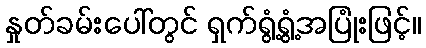
နှုတ်ခမ်းပေါ်တွင် ရှက်ရွံ့ရွံ့အပြုံးဖြင့်။